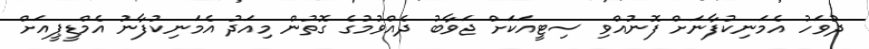
ދުވަހު އެމަނިކުފާނަށް ފޮނުއްވި ސިޓީއަކަށް ޖަވާބު ދެއްވުމުގެ ގޮތުން މިއަދު އެމަނިކުފާނު އެމްޑީޕީއަށް